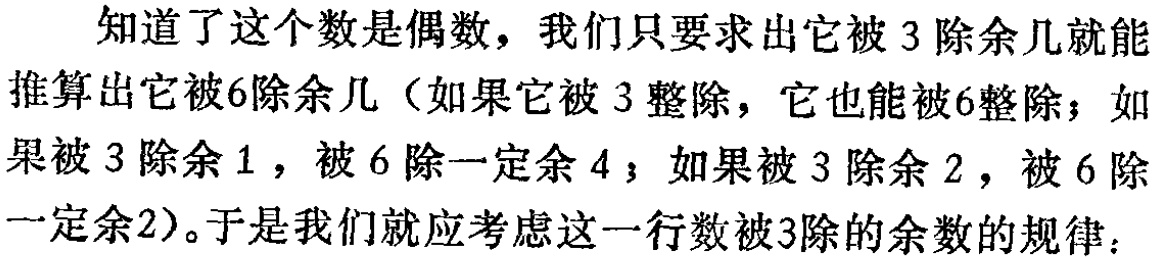
知道了这个数是偶数，我们只要求出它被 3 除余几就能推算出它被6除余几（如果它被 3 整除，它也能被6整除；如果被 3 除余 1 ，被 6 除一定余 4 ；如果被 3 除余 2 ，被 6 除一定余2）。于是我们就应考虑这一行数被3除的余数的规律：